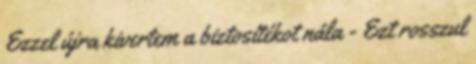
Ezzel újra kivertem a biztosítékot nála - Ezt rosszul